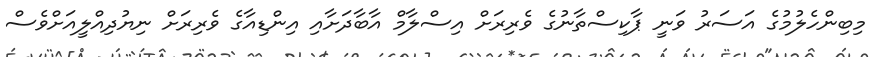
މިބިންހެލުމުގެ އަސަރު ވަނީ ޕާކިސްތާނުގެ ވެރިރަށް އިސްލާމް އާބާދަށާއި އިންޑިއާގެ ވެރިރަށް ނިޔުދިއްލީއަށްވެސް